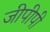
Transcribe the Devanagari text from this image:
जीपीपी